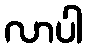
လာပါ